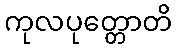
ကုလပုတ္တောတိ